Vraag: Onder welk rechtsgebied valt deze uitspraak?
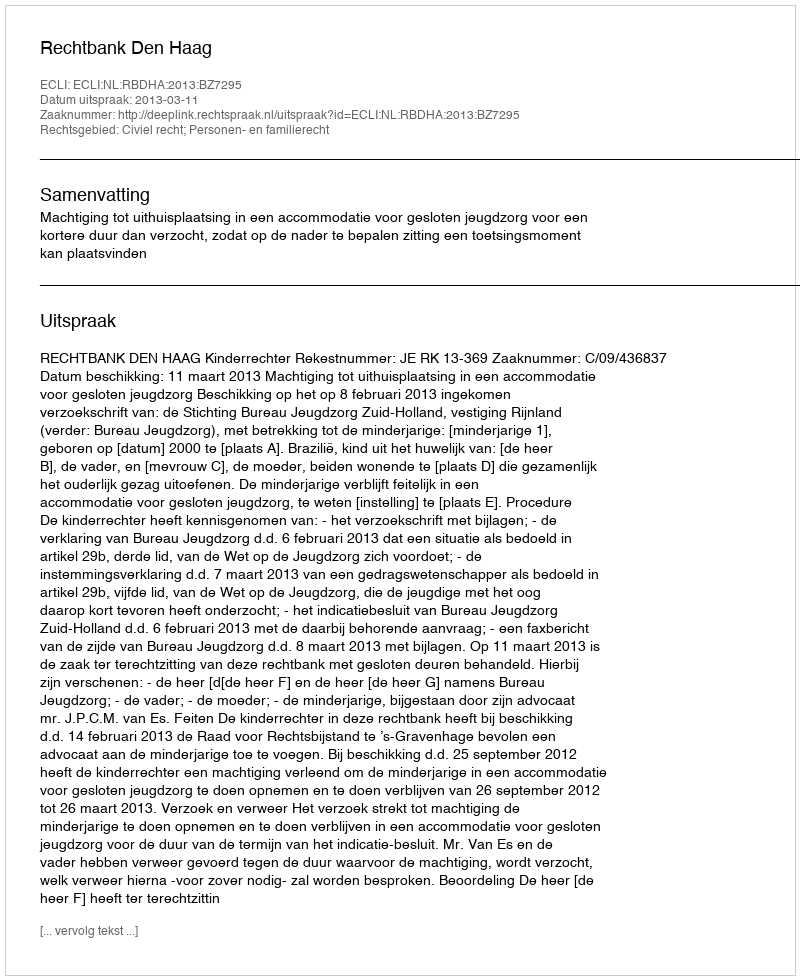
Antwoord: Civiel recht; Personen- en familierecht